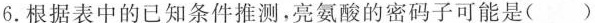
6.根据表中的已知条件推测，亮氨酸的密码子可能是（）